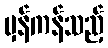
မှန်ကန်သည့်